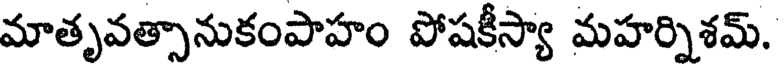
మాతృవత్సానుకంపాహం పోషకీస్యా మహర్నిశమ్.